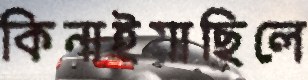
কিনাইয়াছিলে